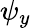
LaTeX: \psi_{y}